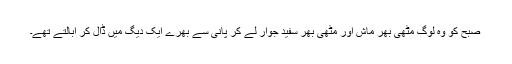
صبح کو وہ لوگ مٹھی بھر ماش اور مٹھی بھر سفید جوار لے کر پانی سے بھرے ایک دیگ میں ڈال کر ابالتے تھے۔